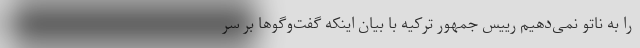
را به ناتو نمی‌دهیم رییس جمهور ترکیه با بیان اینکه گفت‌وگوها بر سر